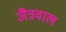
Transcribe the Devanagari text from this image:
जैत्रवाल